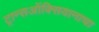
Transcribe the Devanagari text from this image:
ट्रान्सऑक्सियानाचा